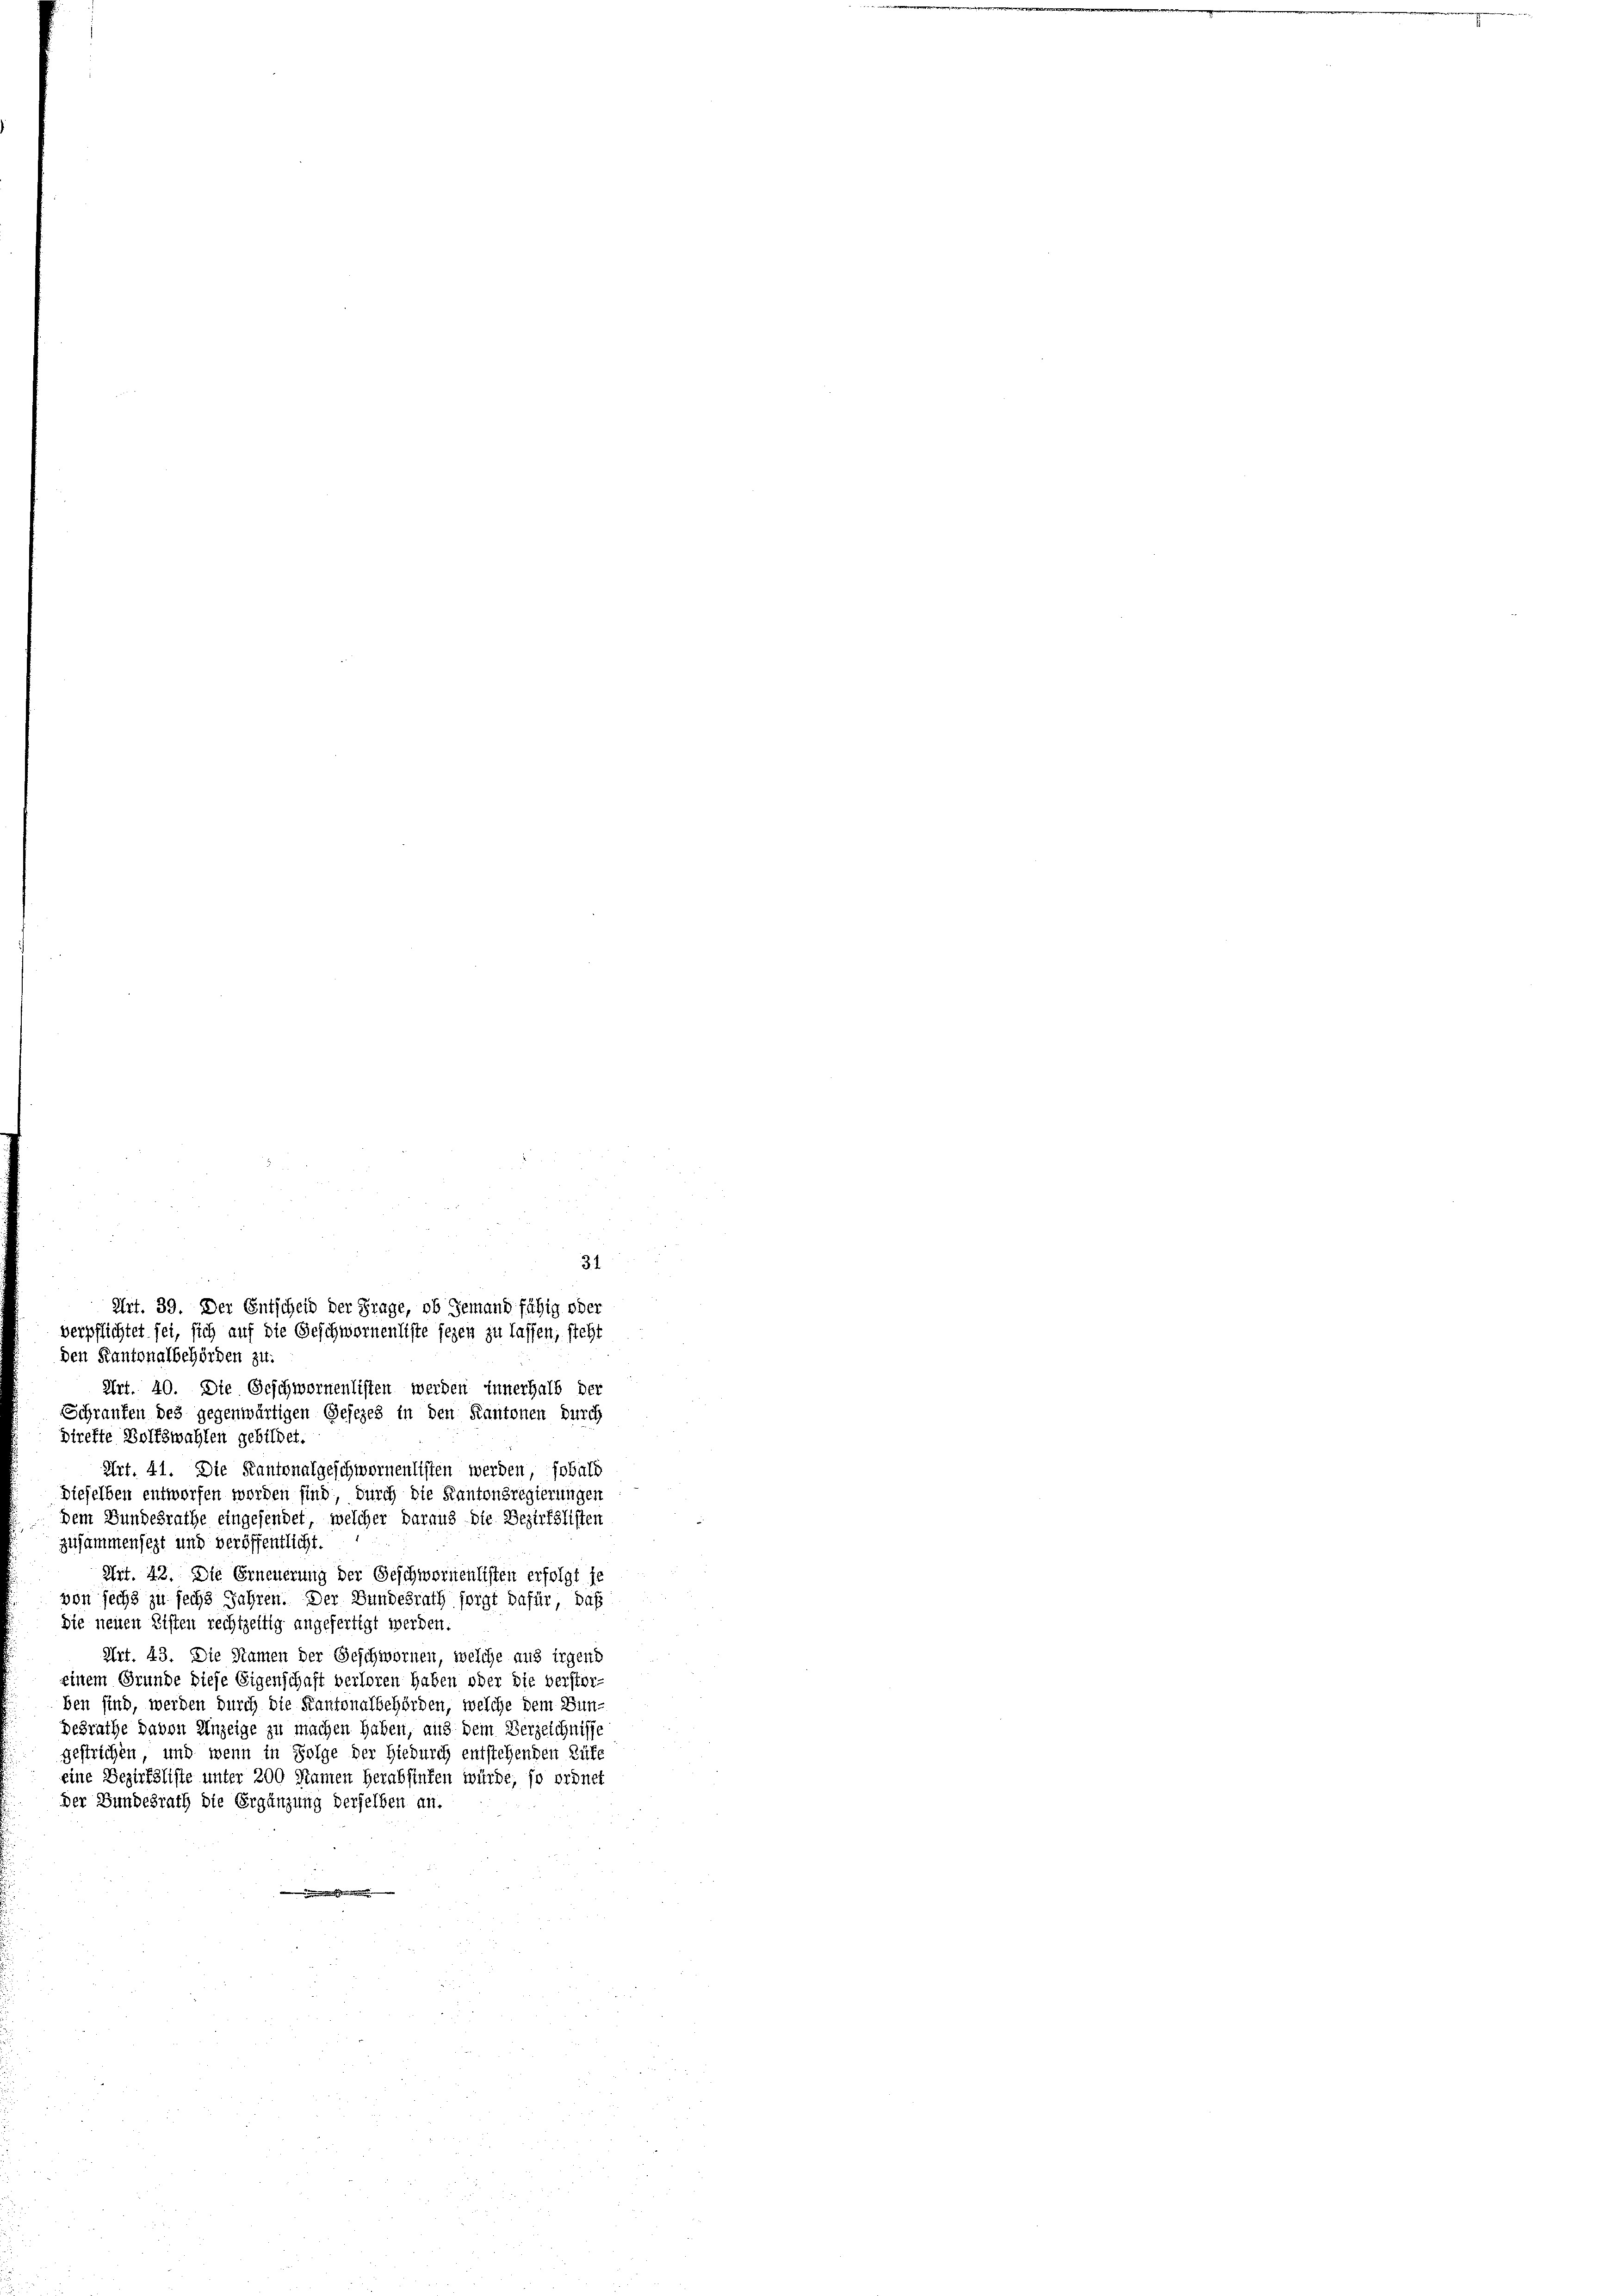
31
Art. 39. Der Entscheid der Frage, ob Jemand fähig oder
verpflichtet sei, sich auf die Geschwornenliste jezen zu lassen, steht
den Kantonalbehörden zu.

Art. 40. Die Geschwornenlisten werden innerhalb der
Schraufen des gegenwärtigen Gesezes in den Kantonen durch
direfte Volkswahlen gebildet.
Art. 41. Die Kantonalgeschwornenlisten werden, sobald
dieselben entworfen worden sind, durch die Kantonsregierungen
dem Bundesrathe eingesendet, welcher daraus die Bezirkslisten
zusammensezt und veröffentlicht.
Art. 42. Die Erneuerung der Geschwornenlisten erfolgt je
von sechs zu sechs Jahren. Der Bundesrath foigt dafür, daß
die neuen Kiften rechtzeitig angefertigt werden.
Art. 43. Die Namen der Geschwornen, welche aus irgend
einem Grunde diese Eigenschaft verloren haben oder die verstor
ben sind, werden durch die Kantonalbehörden, welche dem Bundesrathe davon Anzeige zu machen haben, aus dem Verzeichnisse
gestrichen, und wenn in Folge der Hiedurch entstehenden Rufe
eine Bezirksliste unter 200 Namen herabsinten würde, so ordnet
Der Bundesrath die Ergänzung derselben an.